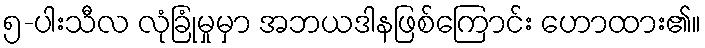
၅-ပါးသီလ လုံခြုံမှုမှာ အဘယဒါနဖြစ်ကြောင်း ဟောထား၏။